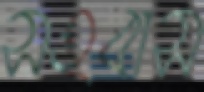
সহবাস